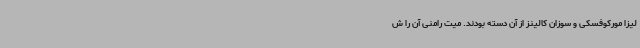
لیزا مورکوفسکی و سوزان کالینز از آن دسته بودند. میت رامنی آن را ش